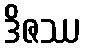
ဒိဇဿ